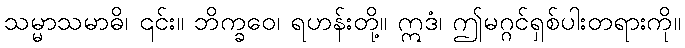
သမ္မာသမာဓိ၊ ၎င်း။ ဘိက္ခဝေ၊ ရဟန်းတို့။ ဣဒံ၊ ဤမဂ္ဂင်ရှစ်ပါးတရားကို။